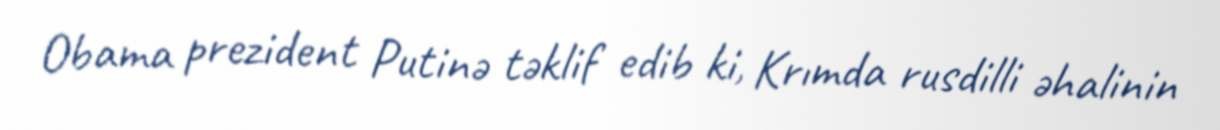
Obama prezident Putinə təklif edib ki, Krımda rusdilli əhalinin